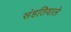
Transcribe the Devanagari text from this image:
संहतिवाले